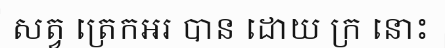
សត្វ ត្រេកអរ បាន ដោយ ក្រ នោះ